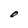
Character: O